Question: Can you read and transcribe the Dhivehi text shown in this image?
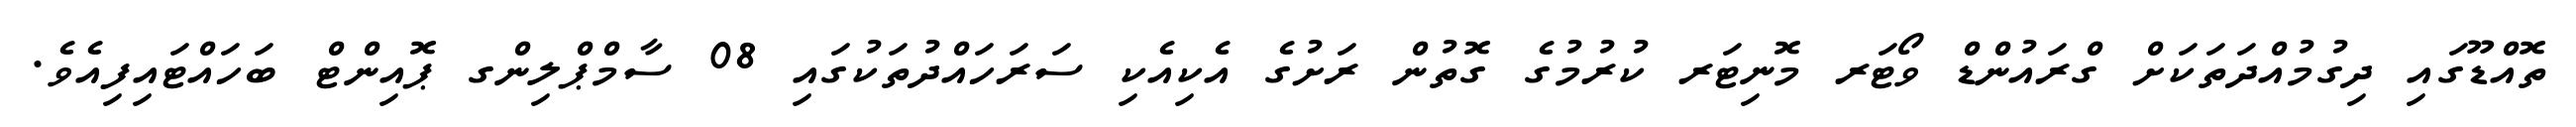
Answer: ތޮއްޑޫގައި ދިގުމުއްދަތަކަށް ގްރައުންޑް ވޯޓަރ މޮނިޓަރ ކުރުމުގެ ގޮތުން ރަށުގެ އެކިއެކި ސަރަހައްދުތަކުގައި 08 ސާމްޕްލިންގ ޕޮއިންޓް ބަހައްޓައިފިއެވެ.